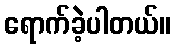
ရောက်ခဲ့ပါတယ်။